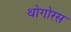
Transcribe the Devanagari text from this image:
थोगोरस